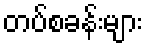
တပ်စခန်းများ